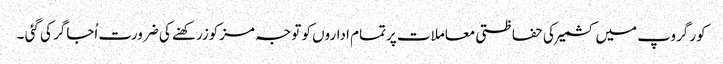
کور گروپ میں کشمیرکی حفاظتی معاملات پرتمام اداروں کو توجہ مزکوزرکھنے کی ضرورت اُجاگر کی گئی ۔